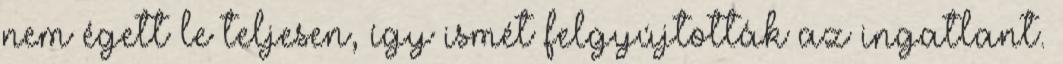
nem égett le teljesen, így ismét felgyújtották az ingatlant.